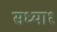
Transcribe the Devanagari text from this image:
सध्या१